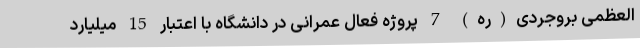
العظمی بروجردی(ره) 7 پروژه فعال عمرانی در دانشگاه با اعتبار 15 میلیارد